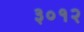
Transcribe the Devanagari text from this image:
३०१२